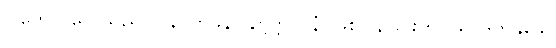
ဝါတော၊ လေသည်။ ပုန၊ တဖန်။ နိဗ္ဗတ္တာပနံ၊ ဖြစ်ပြန်ခြင်းကို။ သာဒိတိနုခေါ၊